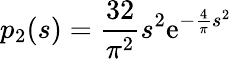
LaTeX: p_{2}(s)={\frac{32}{\pi^{2}}}s^{2}\mathrm{e}^{-{\frac{4}{\pi}}s^{2}}